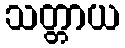
သတ္တာယ